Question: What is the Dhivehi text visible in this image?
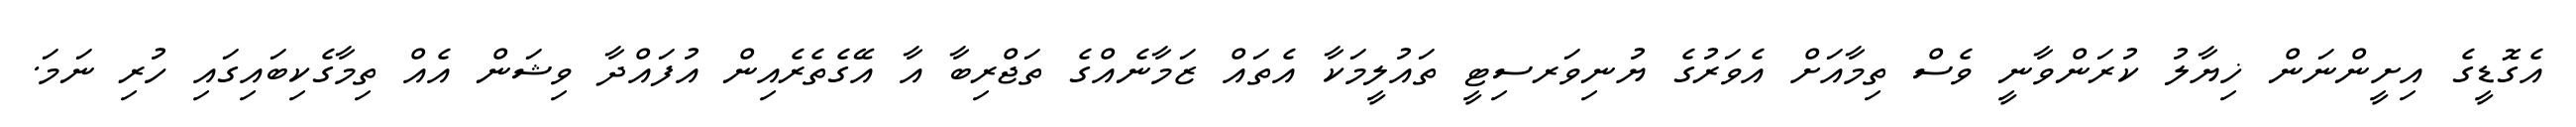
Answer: އެގޮޑީގެ އިށީންނަން ޚިޔާލު ކުރަންވާނީ ވެސް ތިމާއަށް އެވަރުގެ ޔުނިވަރސިޓީ ތައުލީމަކާ އެތައް ޒަމާނެއްގެ ތަޖްރިބާ އާ އޭގެތެރެއިން އުފައްދާ ވިޝަން އެއް ތިމާގެކިބައިގައި ހުރި ނަމަ.